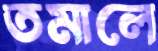
তমালে